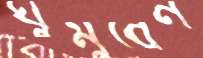
ঘুমুবেন